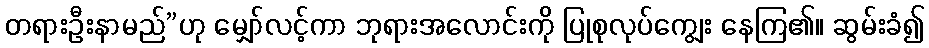
တရားဦးနာမည်”ဟု မျှော်လင့်ကာ ဘုရားအလောင်းကို ပြုစုလုပ်ကျွေး နေကြ၏။ ဆွမ်းခံ၍